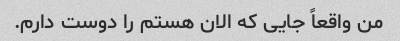
من واقعاً جایی که الان هستم را دوست دارم.